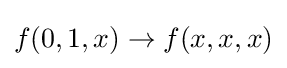
f(0,1,x)\rightarrow f(x,x,x)